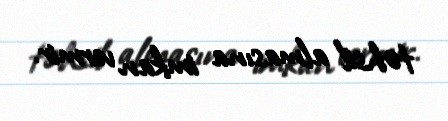
təhsil almasına imkan vermir.